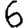
Digit: 6